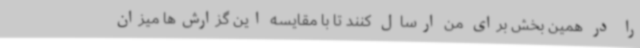
را در همین بخش برای من ارسال کنند تا با مقایسه این گزارش‌ها میزان